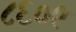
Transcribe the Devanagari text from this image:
८६०९